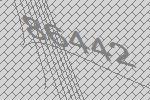
86442